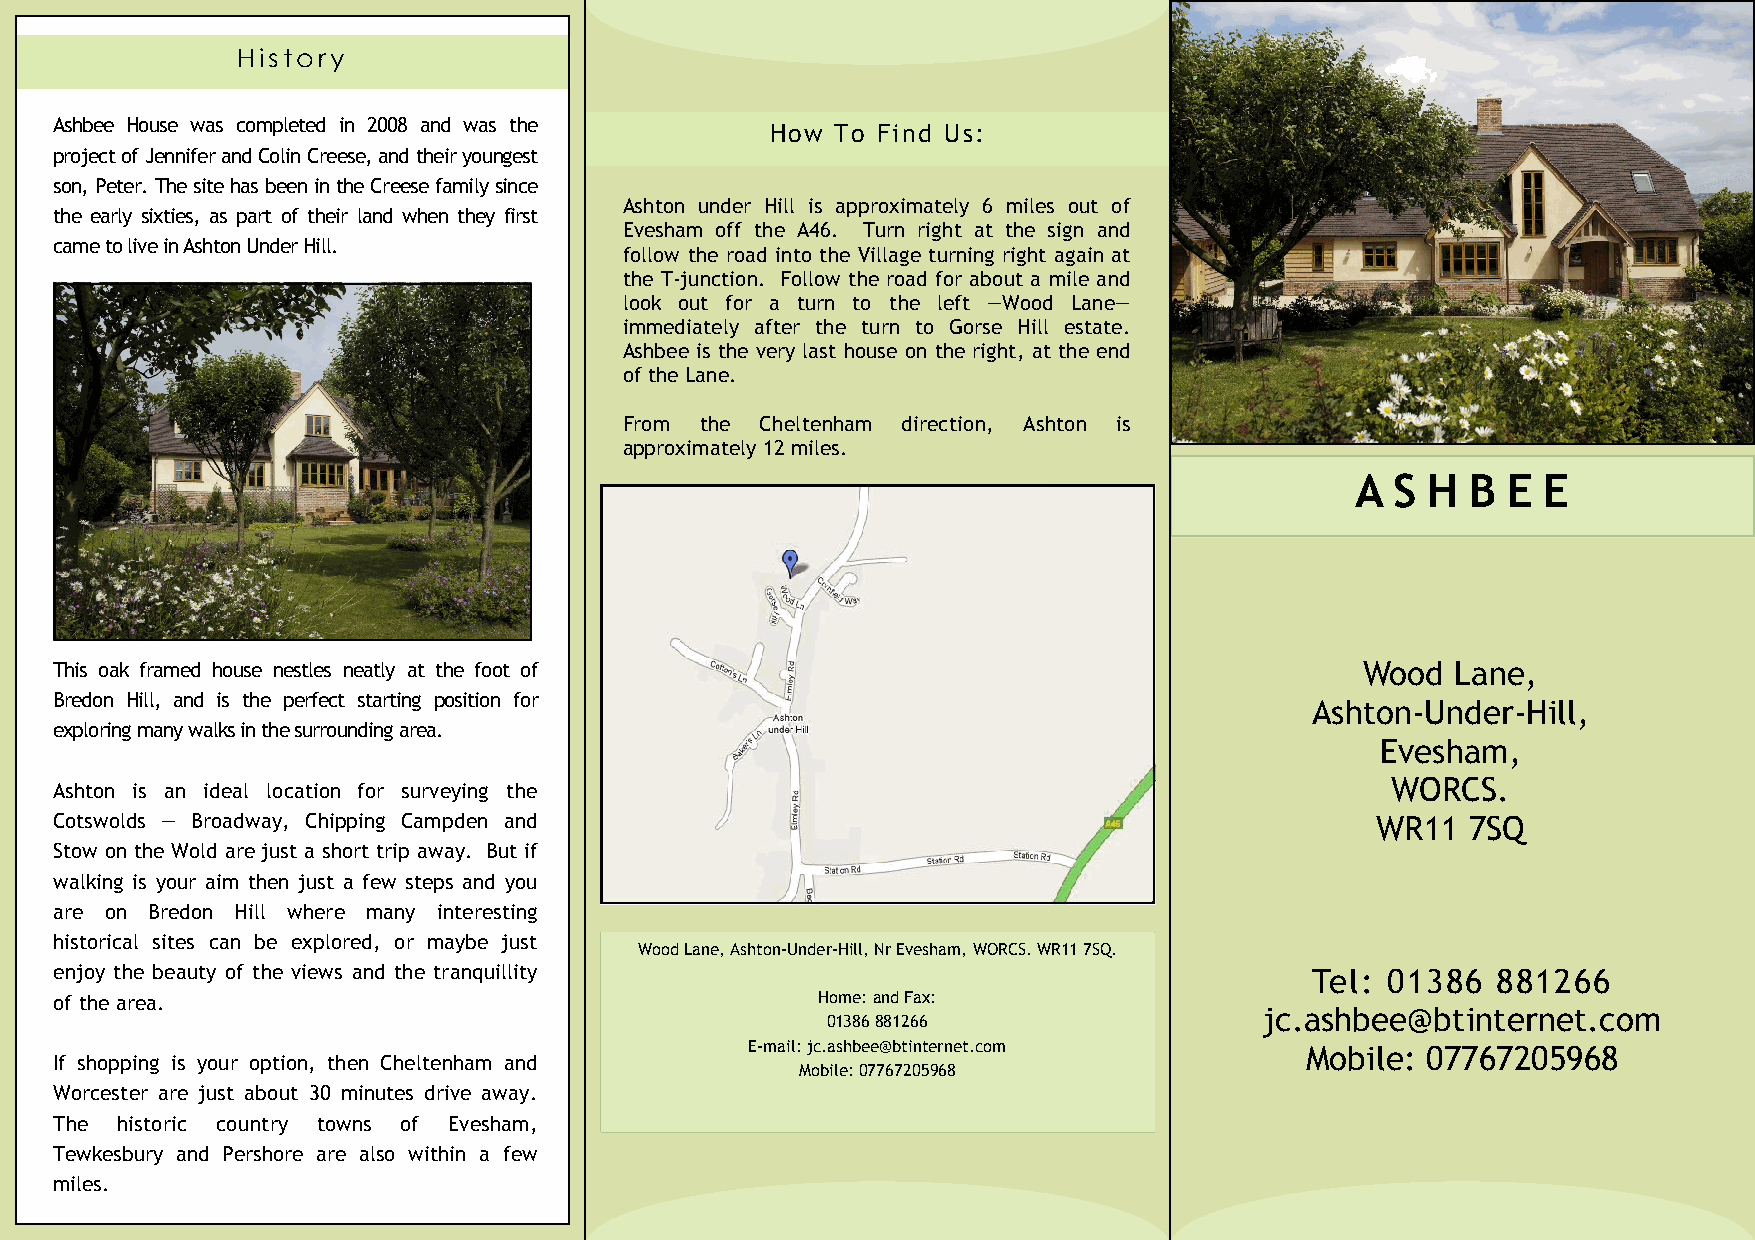
History
 Ashbee House was completed in 2008 and was the
 How To Find Us:
 project of Jennifer and Colin Creese, and their youngest
 son, Peter. The site has been in the Creese family since
 Ashton under Hill is approximately 6 miles out of
 the early sixties, as part of their land when they first
 Evesham off the A46. Turn right at the sign and
 came to live in Ashton Under Hill.
 follow the road into the Village turning right again at
 the T-junction. Follow the road for about a mile and
 look out for a turn to the left —Wood Lane—
 immediately after the turn to Gorse Hill estate.
 Ashbee is the very last house on the right, at the end
 of the Lane.
 From the Cheltenham direction, Ashton is
 approximately 12 miles.
 A S H  B  E E
 This oak framed house nestles neatly at the foot of                                   Wood  Lane,
 Bredon Hill, and is the perfect starting position for
 Ashton-Under-Hill,
 exploring many walks in the surrounding area.
 Evesham,
 WORCS.
 Ashton is an ideal location for surveying the
 Cotswolds — Broadway, Chipping Campden and                                             WR11  7SQ
 Stow on the Wold are just a short trip away. But if
 walking is your aim then just a few steps and you
 are on Bredon Hill where many interesting
 historical sites can be explored, or maybe just
 Wood Lane, Ashton-Under-Hill, Nr Evesham, WORCS. WR11 7SQ.
 enjoy the beauty of the views and the tranquillity                                 Tel: 01386  881266
 of the area.                                      Home: and Fax:
 jc.ashbee@btinternet.com
 01386 881266
 E-mail: jc.ashbee@btinternet.com    Mobile: 07767205968
 If shopping is your option, then Cheltenham and
 Mobile: 07767205968
 Worcester are just about 30 minutes drive away.
 The historic country towns of Evesham,
 Tewkesbury and Pershore are also within a few
 miles.